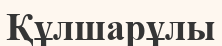
Құлшарұлы